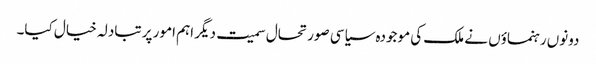
دونوں رہنماؤں نے ملک کی موجودہ سیاسی صورتحال سمیت دیگر اہم امور پر تبادلہ خیال کیا۔